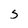
Character: 5